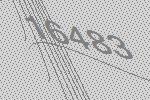
16483